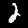
Label: 2